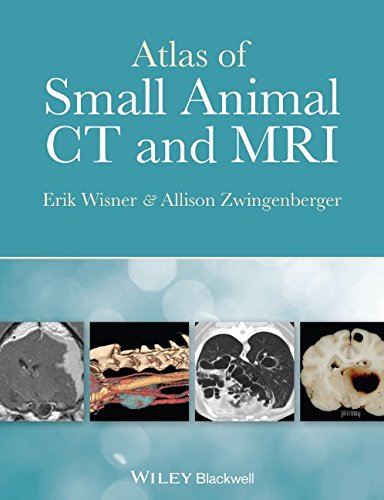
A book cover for Atlas of Small Animal CT and MRI; Erik Wisner; Medical Books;